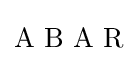
\mathrm {A\,\,B\,\,A\,\,R}